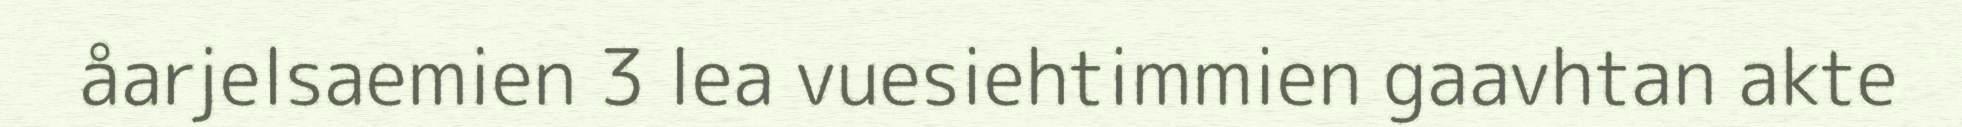
åarjelsaemien 3 lea vuesiehtimmien gaavhtan akte